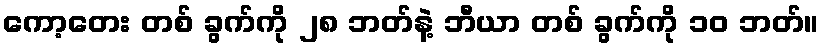
ကော့တေး တစ် ခွက်ကို ၂၈ ဘတ်နဲ့ ဘီယာ တစ် ခွက်ကို ၁၀ ဘတ်။